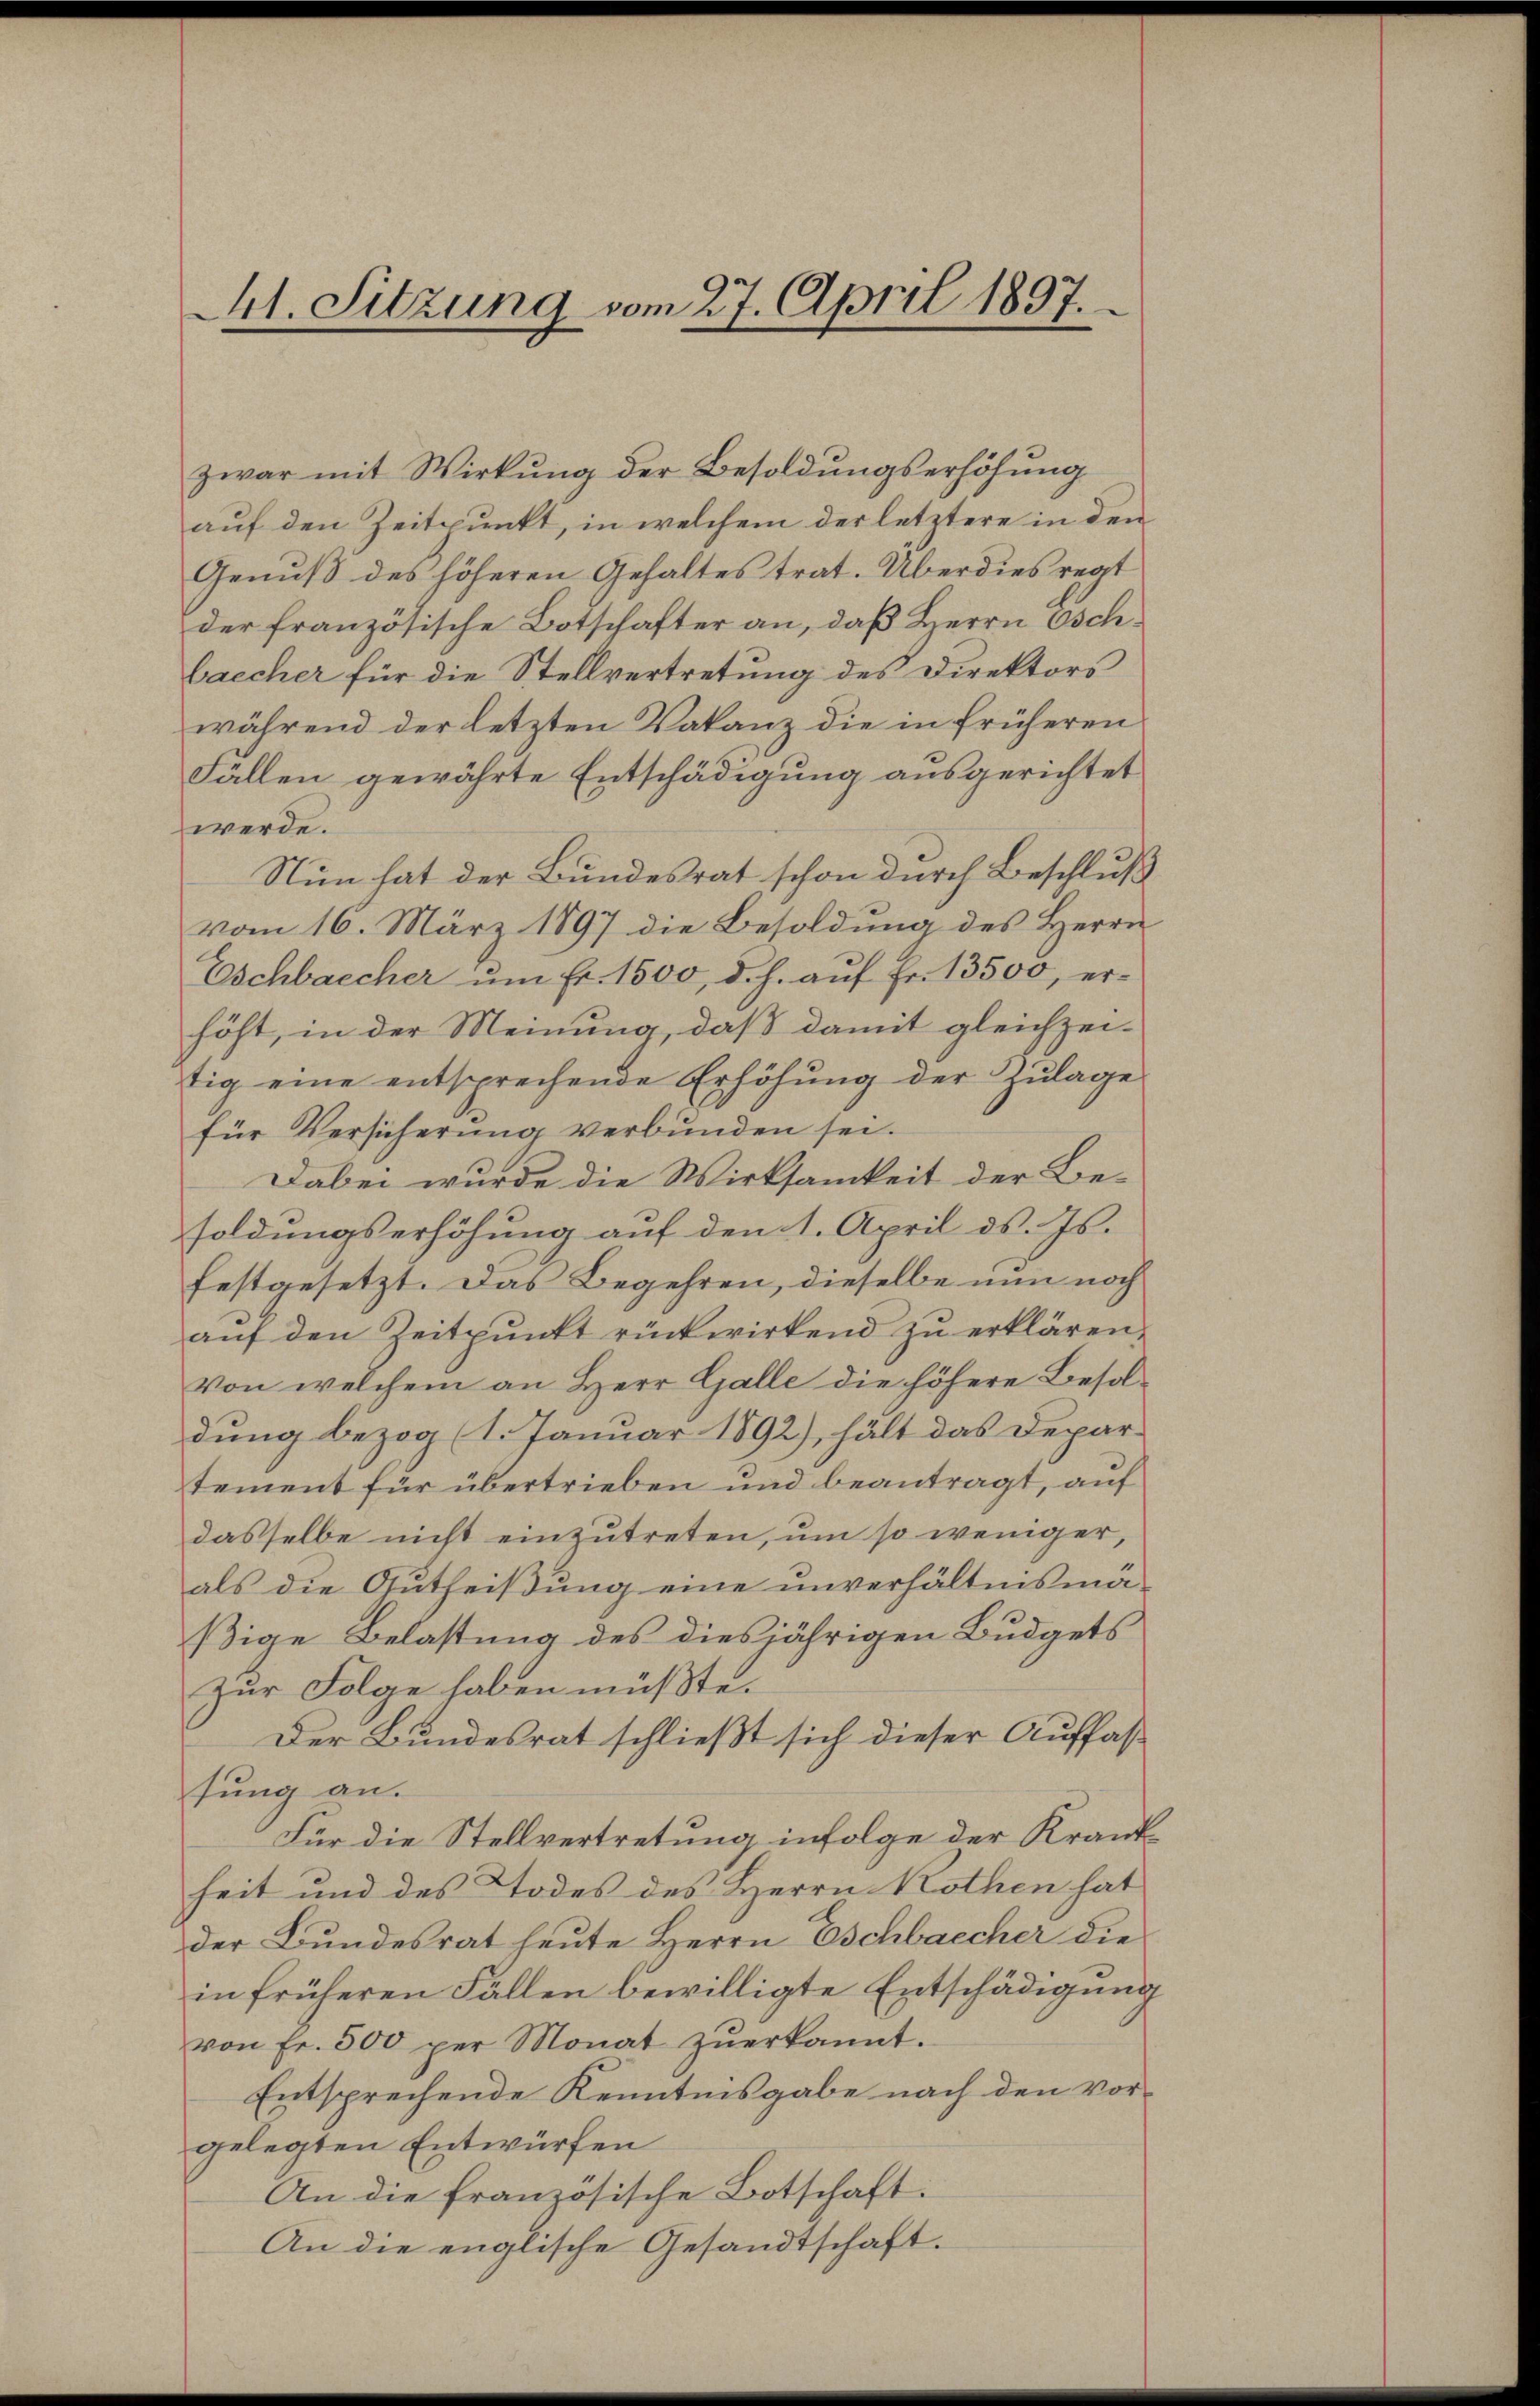
Ct. Sitzung vom 27. April 1897.

zwar mit Wirkŭng der Besoldŭngserhöhŭng
auf den Zeitpunkt, in welchem der letztere in den
Genuß des höheren Gehaltes trat. Überdies regt
der französische Botschafter an, daß Herrn Oschbaecher für die Stellvertretung des Direktors
während der letzten Vakanz die in früheren
Fällen gewährte Entschädigung ausgerichtet
werde.
Nun hat der Bundesrat schon durch Beschluß
vom 16. März 1897 die Besoldung des Herrn
Eschbaecher ŭm Fr. 1500, d. h. auf Fr. 13500, erhöht, in der Meinung, daß damit gleichzei-
tig eine entsprechende Erhöhŭng der Zŭlage
für Versicherung verbunden sei.
Dabei wurde die Wirksamkeit der Besoldungserhöhung auf den 1. April d. Js.
festgesetzt. Das Begehren, dieselbe nun noch
auf den Zeitpunkt rückwirkend zu erklären,
von welchem an Herr Galle die höhere Besoldung bezog (1. Januar 1892), hält das Departement für übertrieben und beantragt, auf
dasselbe nicht einzutreten, um so weniger,
als die Gutheißung eine unverhältnnsmäßige Belastung des diesjährigen Budgets
Zur Folge haben müßte.
Der Bundesrat schließt sich dieser Auffas
sung an.
Für die Stellvertretung infolge der Krankheit und des Todes des Herrn Rothen hat
der Bundesrat heute Herrn Eschbaecher die
in früheren Fällen bewilligte Entschädigung
von Fr. 500 per Monat zŭerkannt.
Entsprechende Kenntnisgabe nach den vorgelegten Entwürfen
An die französische Botschaft.
An die englische Gesandtschaft.